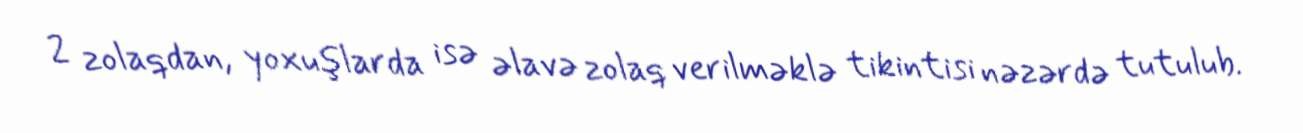
2 zolaqdan, yoxuşlarda isə əlavə zolaq verilməklə tikintisi nəzərdə tutulub.